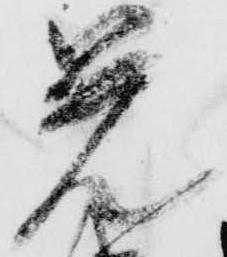
覚